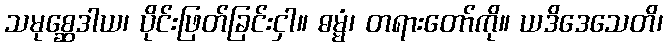
သမုစ္ဆေဒါယ၊ ပိုင်းဖြတ်ခြင်းငှါ။ ဓမ္မံ၊ တရားတော်ကို။ ယဒိဒေသေတိ၊